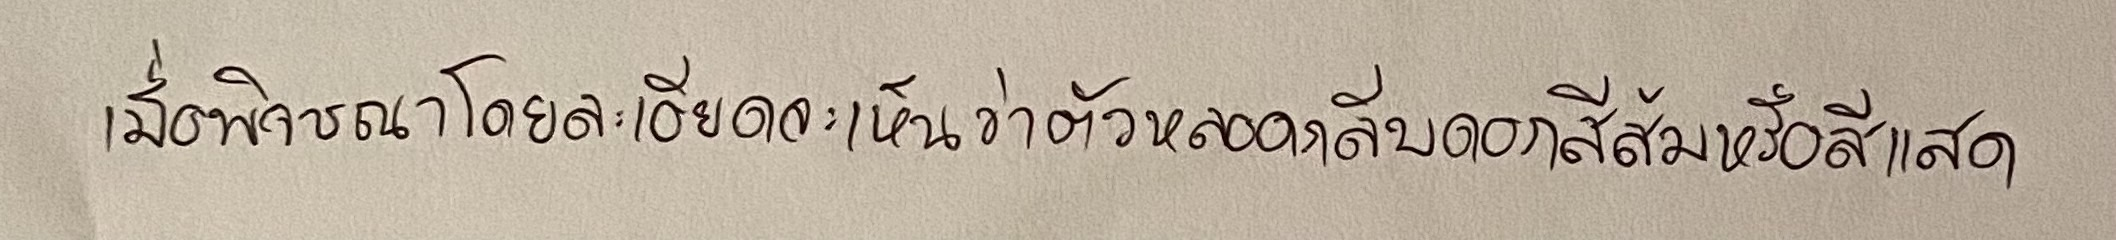
เมื่อพิจารณาโดยละเอียดจะเห็นว่าตัวหลอดกลีบดอกสีส้มหรือสีแสด